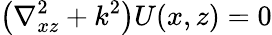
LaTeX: \left(\nabla_{xz}^{2}+k^{2}\right)U(x,z)=0